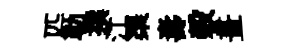
匹勒撰江渠夀榖畫